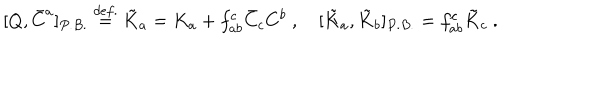
LaTeX: [ Q , \bar { C } ^ { a } ] _ { P . B . } \stackrel { d e f . } { = } \tilde { K } _ { a } = K _ { a } + f _ { a b } ^ { c } \bar { C } _ { c } C ^ { b } ~ , ~ [ \tilde { K } _ { a } , \tilde { K } _ { b } ] _ { P . B . } = f _ { a b } ^ { c } \tilde { K } _ { c } ~ .